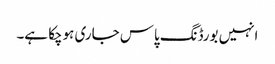
انہیں بورڈنگ پاس جاری ہوچکا ہے۔